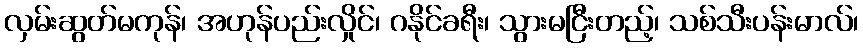
လှမ်းဆွတ်မကုန်၊ အဟုန်ပည်းလှိုင်၊ ဂနိုင်ခရီး၊ သွားမငြီးတည့်၊ သစ်သီးပန်းမာလ်၊